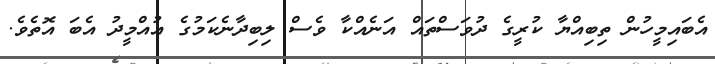
އެބައިމީހުން ތިބިއްޔާ ކުރީގެ ދުވަސްތައް އަނެއްކާ ވެސް ލިބިދާނެކަމުގެ އުއްމީދު އެބަ އޮތެވެ.